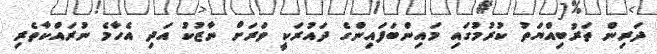
ދަރިން ތަރުބިއްޔަތު ކުރުމުގައި މައިންބަފައިންގެ ދައުރަކީ ވަރަށް ނާޒުކު އަދި އެހާމެ ނުރައްކާތެރި